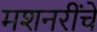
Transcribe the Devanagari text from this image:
मशनरींचे